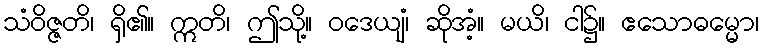
သံဝိဇ္ဇတိ၊ ရှိ၏။ ဣတိ၊ ဤသို့။ ဝဒေယျံ၊ ဆိုအံ့။ မယိ၊ ငါ၌။ ဧသောဓမ္မော၊